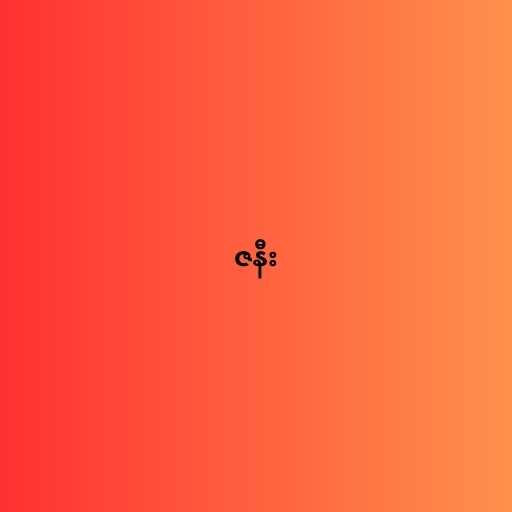
ဇနီး